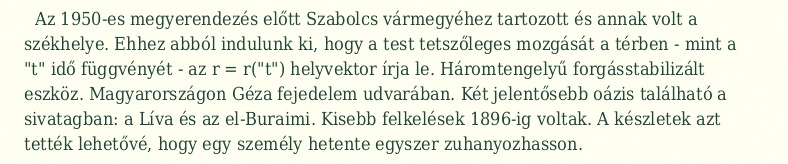
Az 1950-es megyerendezés előtt Szabolcs vármegyéhez tartozott és annak volt a székhelye. Ehhez abból indulunk ki, hogy a test tetszőleges mozgását a térben - mint a "t" idő függvényét - az r = r("t") helyvektor írja le. Háromtengelyű forgásstabilizált eszköz. Magyarországon Géza fejedelem udvarában. Két jelentősebb oázis található a sivatagban: a Líva és az el-Buraimi. Kisebb felkelések 1896-ig voltak. A készletek azt tették lehetővé, hogy egy személy hetente egyszer zuhanyozhasson.